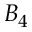
B _ { 4 }